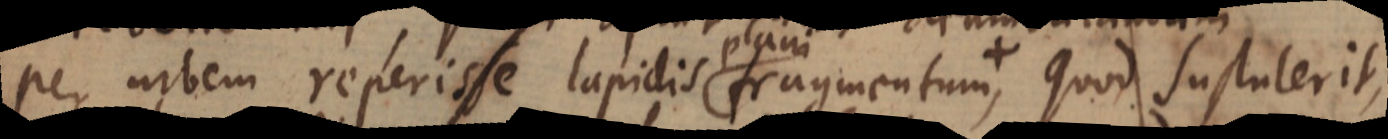
per urbem reperisse lapidis plani fragmentum +, quod sustulerit,